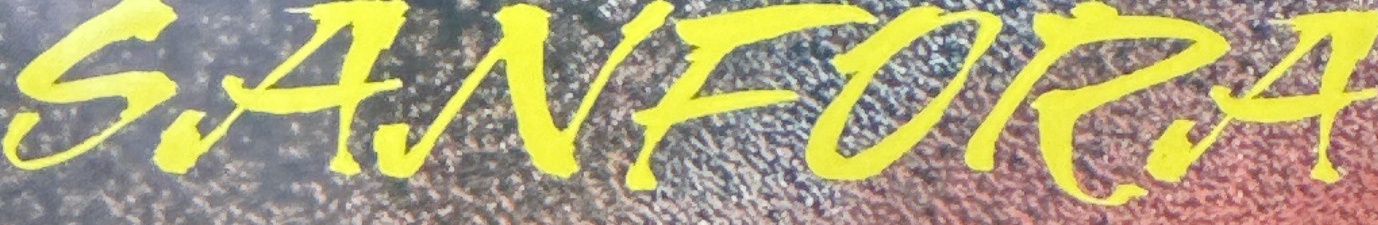
SANFORA